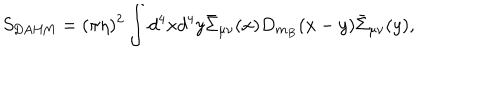
S _ { \mathrm { D A H M } } = ( \pi \eta ) ^ { 2 } \int d ^ { 4 } x d ^ { 4 } y \bar { \Sigma } _ { \mu \nu } ( x ) D _ { m _ { B } } ( x - y ) \bar { \Sigma } _ { \mu \nu } ( y ) ,